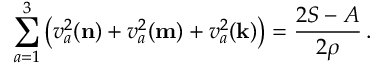
\sum _ { a = 1 } ^ { 3 } \big ( v _ { a } ^ { 2 } ( { \mathbf { n } } ) + v _ { a } ^ { 2 } ( { \mathbf { m } } ) + v _ { a } ^ { 2 } ( { \mathbf { k } } ) \big ) = \frac { 2 S - A } { 2 \rho } \, .